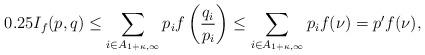
LaTeX: \begin{align*}0.25I_f(p,q) &\leq \sum_{i \in A_{ 1+\kappa,\infty} } p_i f\left( \frac{q_i}{p_i} \right) \leq \sum_{i \in A_{1+\kappa,\infty} } p_i f( \nu) = p' f(\nu),\end{align*}